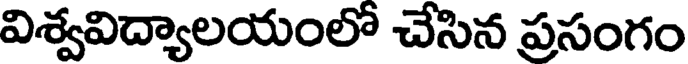
విశ్వవిద్యాలయంలో చేసిన ప్రసంగం